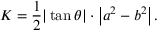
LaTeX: K = { \frac { 1 } { 2 } } | \tan \theta | \cdot \left| a ^ { 2 } - b ^ { 2 } \right| .